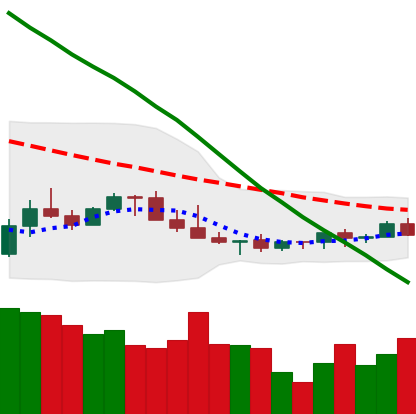
Ticker: LINK-USD
Chart end date: 2022-07-08
Forward return: -3.154%
Label: down_3_5